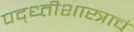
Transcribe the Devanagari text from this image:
पद्ध्तीशास्त्राचं